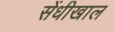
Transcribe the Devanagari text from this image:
सेंधीखाल